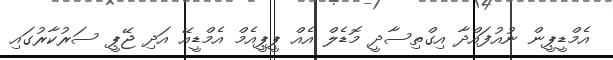
އެމްޑީޕީން ނުއުފައްދާ އިގްތިސާދީ މޮޮޑެލް އެއް ޕީޕީއެމް އެމްޑީއޭ އަދި ޖޭޕީ ސަރުކާރުގައި